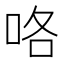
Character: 咯